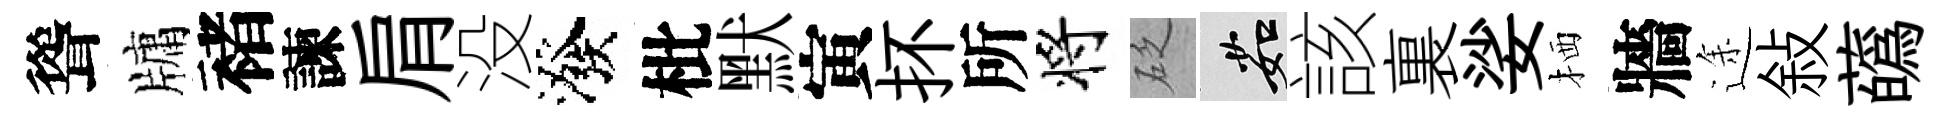
聳牗褚諫肩没潑枇默寅抔所将砭茹該裏娑栖牆途敍蘤